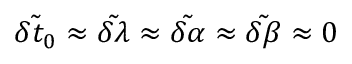
\tilde { \delta t _ { 0 } } \approx \tilde { \delta \lambda } \approx \tilde { \delta \alpha } \approx \tilde { \delta \beta } \approx 0